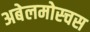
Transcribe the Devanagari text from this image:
अबेलमोस्चस